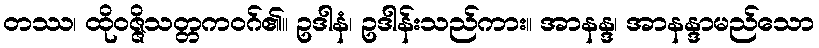
တဿ၊ ထိုဝဇ္ဇိသတ္တကဝဂ်၏။ ဥဒါနံ၊ ဥဒါန်းသည်ကား။ အာနန္ဒ၊ အာနန္ဒာမည်သော